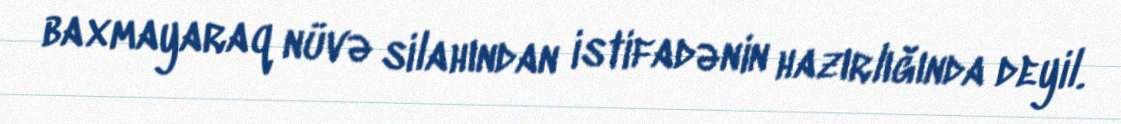
baxmayaraq nüvə silahından istifadənin hazırlığında deyil.